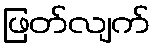
ဖြတ်လျက်